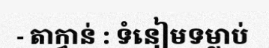
- តាក្វាន់ : ទំនៀមទម្លាប់